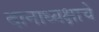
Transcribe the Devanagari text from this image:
दानाध्यक्षाचे